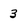
Character: 3